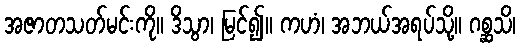
အဇာတသတ်မင်းကို။ ဒိသွာ၊ မြင်၍။ ကဟံ၊ အဘယ်အရပ်သို့။ ဂစ္ဆသိ၊